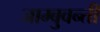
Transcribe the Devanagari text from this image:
जाम्बुवन्ती